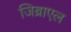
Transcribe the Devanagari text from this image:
जिब्राएल